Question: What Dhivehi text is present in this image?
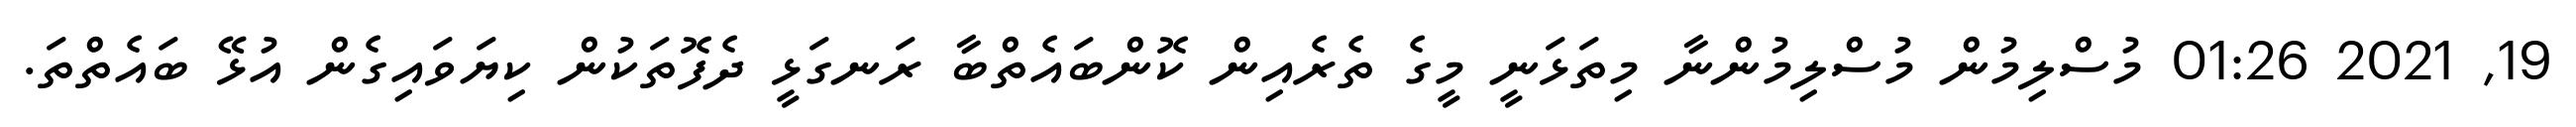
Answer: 19, 2021 01:26 މުސްލިމުން މުސްލިމުންނާ މިތަޅަނީ މީގެ ތެރެއިން ކޮންބައެތްބާ ރަނގަޅީ ދެފޮތަކުން ކިޔަވައިގެން އުޅޭ ބައެތްތަ.